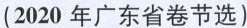
(2020 年广东省卷节选)